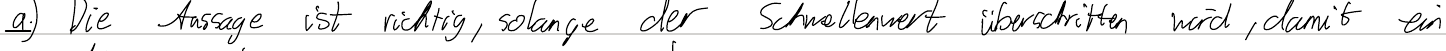
a.) Die Aussage ist richtig, solange der Schwellenwert überschritten wird, damit ein